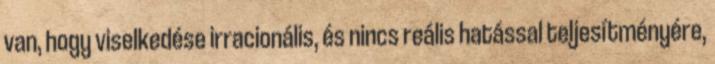
van, hogy viselkedése irracionális, és nincs reális hatással teljesítményére,